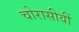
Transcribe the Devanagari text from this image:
चोरासीवीं